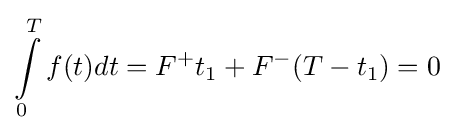
\int \limits _{0}^{T}f(t)dt=F^{+}t_{1}+F^{-}(T-t_{1})=0